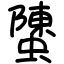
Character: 螴